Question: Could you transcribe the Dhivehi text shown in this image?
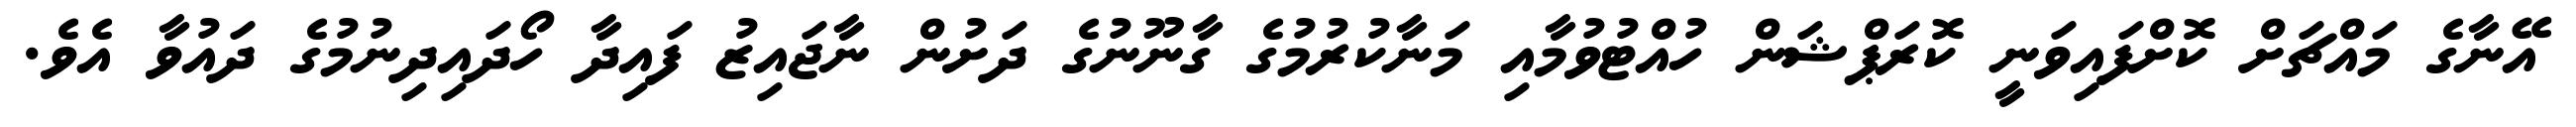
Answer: އޭނާގެ މައްޗަށް ކޮށްފައިވަނީ ކޮރަޕްޝަން ހުއްޓުވުމާއި މަނާކުރުމުގެ ގާނޫނުގެ ދަށުން ނާޖައިޒު ފައިދާ ހޯދައިދިނުމުގެ ދައުވާ އެވެ.